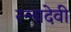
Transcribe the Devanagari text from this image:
रन्‍नादेवी